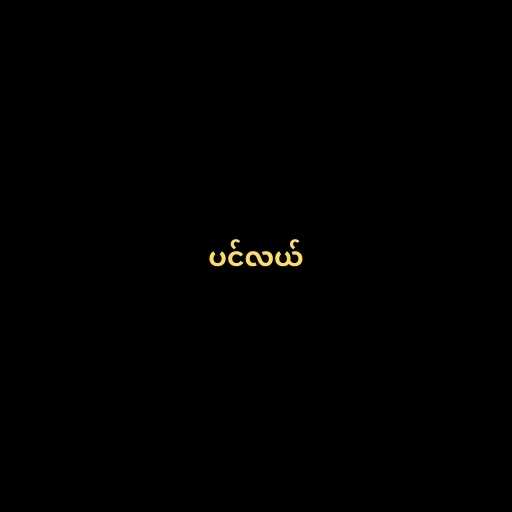
ပင်လယ်